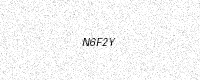
Text: N6F2Y